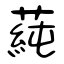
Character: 蒓